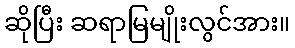
ဆိုပြီး ဆရာမြမျိုးလွင်အား။